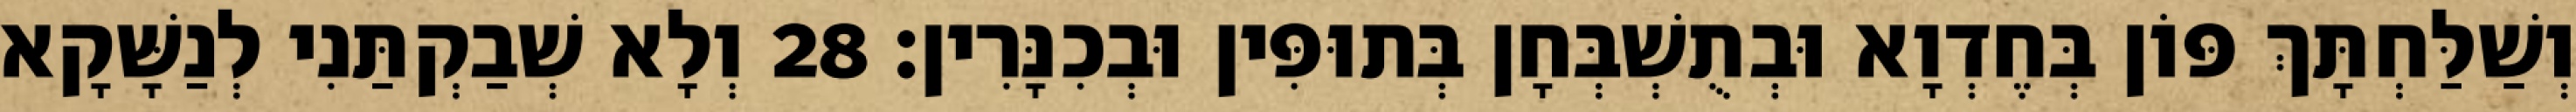
וְשַׁלַּחְתָּךְ פּוֹן בְּחֶדְוָא וּבְתֻשְׁבְּחָן בְּתוּפִּין וּבְכִנָּרִין׃ 28 וְלָא שְׁבַקְתַּנִי לְנַשָּׁקָא